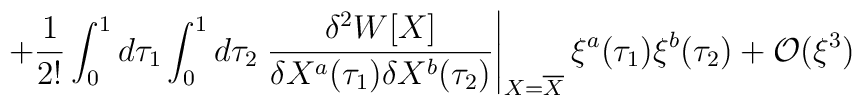
+ \frac {1}{2!}\int^1_0 d\tau_1 \int_0^1 d\tau_2\left. \frac{\delta^2 W[X]}{\delta X^a(\tau_1) \delta X^b(\tau_2)}\right|_{X=\overline{X}} \xi^a(\tau_1) \xi^b(\tau_2) + {\cal O}(\xi^3)